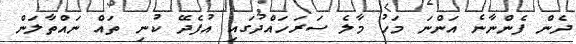
ދެން ފެންނާނެ އަންނަ މަހު މާލެ ސަރަހައްދުގައި އުފެދޭ ކުނި ތައް ނައްތާލަން